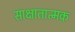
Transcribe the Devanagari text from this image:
साक्षातात्मक